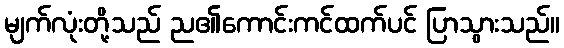
မျက်လုံးတို့သည် ည၏ကောင်းကင်ထက်ပင် ပြာသွားသည်။